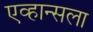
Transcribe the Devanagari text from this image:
एव्हान्सला